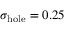
\sigma _ { \mathrm { h o l e } } = 0 . 2 5